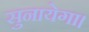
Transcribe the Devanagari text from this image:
सुनायेगा।